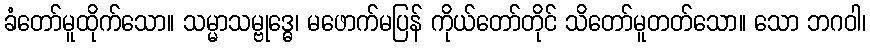
ခံတော်မူထိုက်သော။ သမ္မာသမ္ဗုဒ္ဓေ၊ မဖောက်မပြန် ကိုယ်တော်တိုင် သိတော်မူတတ်သော။ သော ဘဂဝါ၊